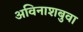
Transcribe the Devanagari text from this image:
अविनाशबुवा